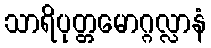
သာရိပုတ္တမောဂ္ဂလ္လာနံ